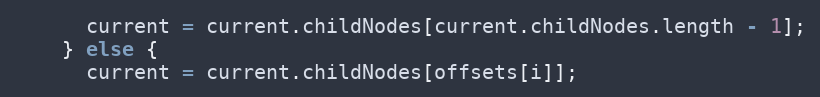
Language: JavaScript
      current = current.childNodes[current.childNodes.length - 1];
    } else {
      current = current.childNodes[offsets[i]];